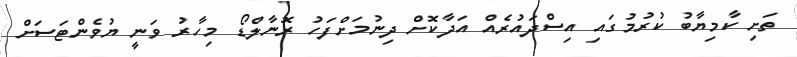
ތަށި ކާމިޔާބު ކުރުމުގައި އިސްދައުރެއް އަދާކޮށް ދިނުމަށްފަހު ރޮނާލްޑޯ މިހާރު ވަނީ ޔުވެންޓަސަށް